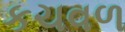
કચવળ